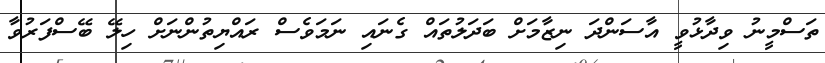
ތަސްމީނު ވިދާޅުވީ އާސަންދަ ނިޒާމަށް ބަދަލުތައް ގެނައި ނަމަވެސް ރައްޔިތުންނަށް ހިލޭ ބޭސްފަރުވާ